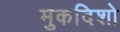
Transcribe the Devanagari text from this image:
मुकदिशो